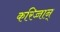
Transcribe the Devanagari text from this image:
करिच्चान्‌